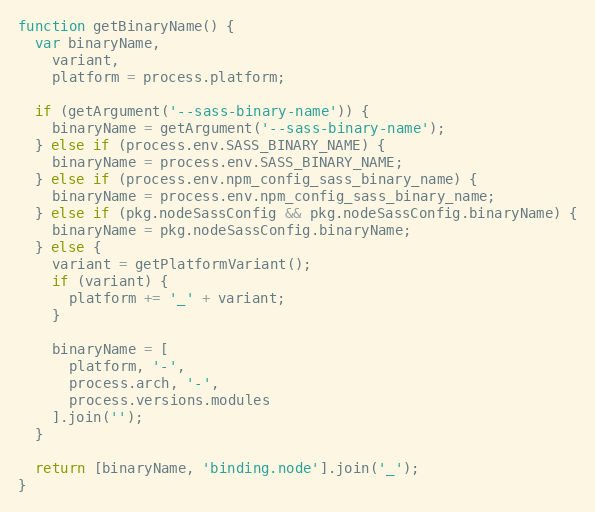
Language: JavaScript
function getBinaryName() {
  var binaryName,
    variant,
    platform = process.platform;

  if (getArgument('--sass-binary-name')) {
    binaryName = getArgument('--sass-binary-name');
  } else if (process.env.SASS_BINARY_NAME) {
    binaryName = process.env.SASS_BINARY_NAME;
  } else if (process.env.npm_config_sass_binary_name) {
    binaryName = process.env.npm_config_sass_binary_name;
  } else if (pkg.nodeSassConfig && pkg.nodeSassConfig.binaryName) {
    binaryName = pkg.nodeSassConfig.binaryName;
  } else {
    variant = getPlatformVariant();
    if (variant) {
      platform += '_' + variant;
    }

    binaryName = [
      platform, '-',
      process.arch, '-',
      process.versions.modules
    ].join('');
  }

  return [binaryName, 'binding.node'].join('_');
}